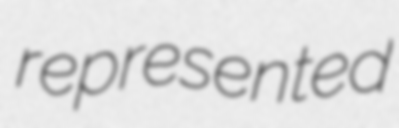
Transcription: represented